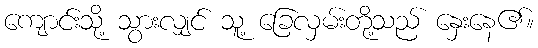
ကျောင်းသို့ သွားလျှင် သူ့ ခြေလှမ်းတို့သည် နှေးနေ၏။